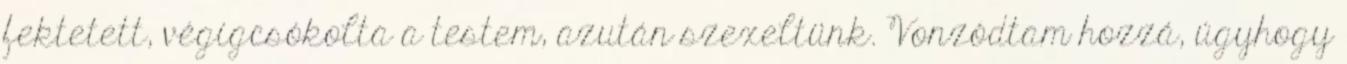
fektetett, végigcsókolta a testem, azután szexeltünk. Vonzódtam hozzá, úgyhogy